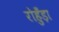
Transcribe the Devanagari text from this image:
रोहुँड़ा